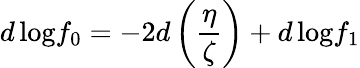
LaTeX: d\, \mathrm{log}f_{0}=-2d\left(\frac{\eta}{\zeta}\right)+d\, \mathrm{log}f_{1}